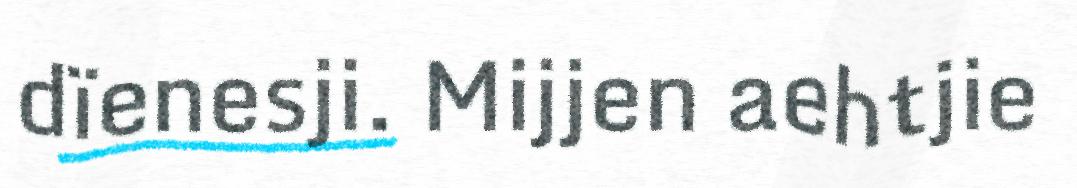
dïenesji. Mijjen aehtjie